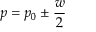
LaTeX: p = p _ { 0 } \pm { \frac { w } { 2 } }